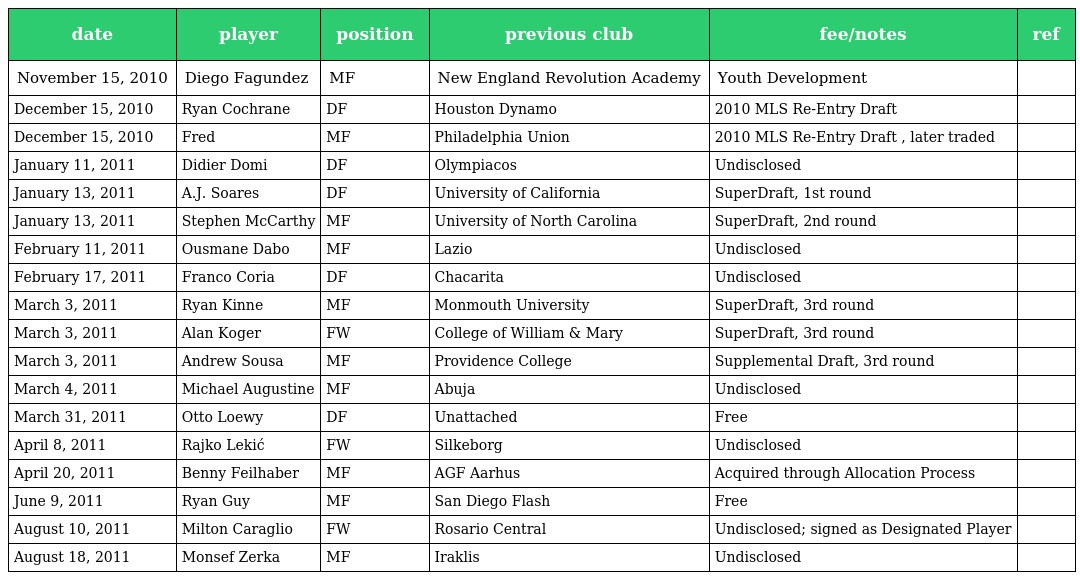
| date | player | position | previous club | fee/notes | ref |
 | --- | --- | --- | --- | --- | --- |
 | November 15, 2010 | Diego Fagundez | MF | New England Revolution Academy | Youth Development |  |
 | December 15, 2010 | Ryan Cochrane | DF | Houston Dynamo | 2010 MLS Re-Entry Draft |  |
 | December 15, 2010 | Fred | MF | Philadelphia Union | 2010 MLS Re-Entry Draft , later traded |  |
 | January 11, 2011 | Didier Domi | DF | Olympiacos | Undisclosed |  |
 | January 13, 2011 | A.J. Soares | DF | University of California | SuperDraft, 1st round |  |
 | January 13, 2011 | Stephen McCarthy | MF | University of North Carolina | SuperDraft, 2nd round |  |
 | February 11, 2011 | Ousmane Dabo | MF | Lazio | Undisclosed |  |
 | February 17, 2011 | Franco Coria | DF | Chacarita | Undisclosed |  |
 | March 3, 2011 | Ryan Kinne | MF | Monmouth University | SuperDraft, 3rd round |  |
 | March 3, 2011 | Alan Koger | FW | College of William & Mary | SuperDraft, 3rd round |  |
 | March 3, 2011 | Andrew Sousa | MF | Providence College | Supplemental Draft, 3rd round |  |
 | March 4, 2011 | Michael Augustine | MF | Abuja | Undisclosed |  |
 | March 31, 2011 | Otto Loewy | DF | Unattached | Free |  |
 | April 8, 2011 | Rajko Lekić | FW | Silkeborg | Undisclosed |  |
 | April 20, 2011 | Benny Feilhaber | MF | AGF Aarhus | Acquired through Allocation Process |  |
 | June 9, 2011 | Ryan Guy | MF | San Diego Flash | Free |  |
 | August 10, 2011 | Milton Caraglio | FW | Rosario Central | Undisclosed; signed as Designated Player |  |
 | August 18, 2011 | Monsef Zerka | MF | Iraklis | Undisclosed |  |